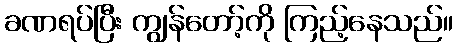
ခဏရပ်ပြီး ကျွန်တော့်ကို ကြည့်နေသည်။